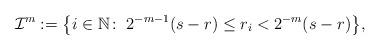
LaTeX: \begin{align*}\mathcal{I}^{m}:=\big\{i\in\mathbb{N}\colon\;2^{-m-1}(s-r)\leq r_{i}<2^{-m}(s-r) \big\}, \end{align*}